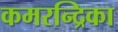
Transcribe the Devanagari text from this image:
कमरन्द्रिका